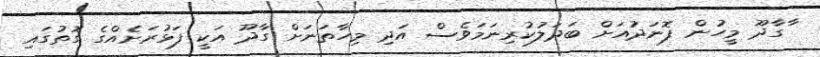
ާގާދޫ މީހުން ފޮނަދުއަށް ބަދަލުކުރިނަމަވެސް އަދި މިހާތަނަށް ގާދޫ އަކީ ފަޅުރަށެއްގެ ގޮތުގައި